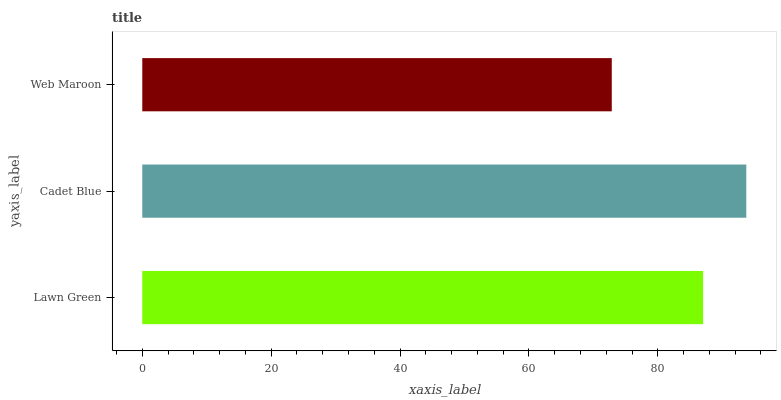
| yaxis_label | bars |
 | --- | --- |
 | Lawn Green | 87 |
 | Cadet Blue | 93.7 |
 | Web Maroon | 72.9 |